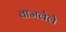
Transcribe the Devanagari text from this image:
वाजलेले